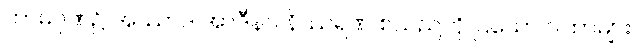
ကာမဂုဏ်၌ အဿာဒ အာဒီနဝ နိဿရဏ စသည်ကို ပြသော ဂါထာများ